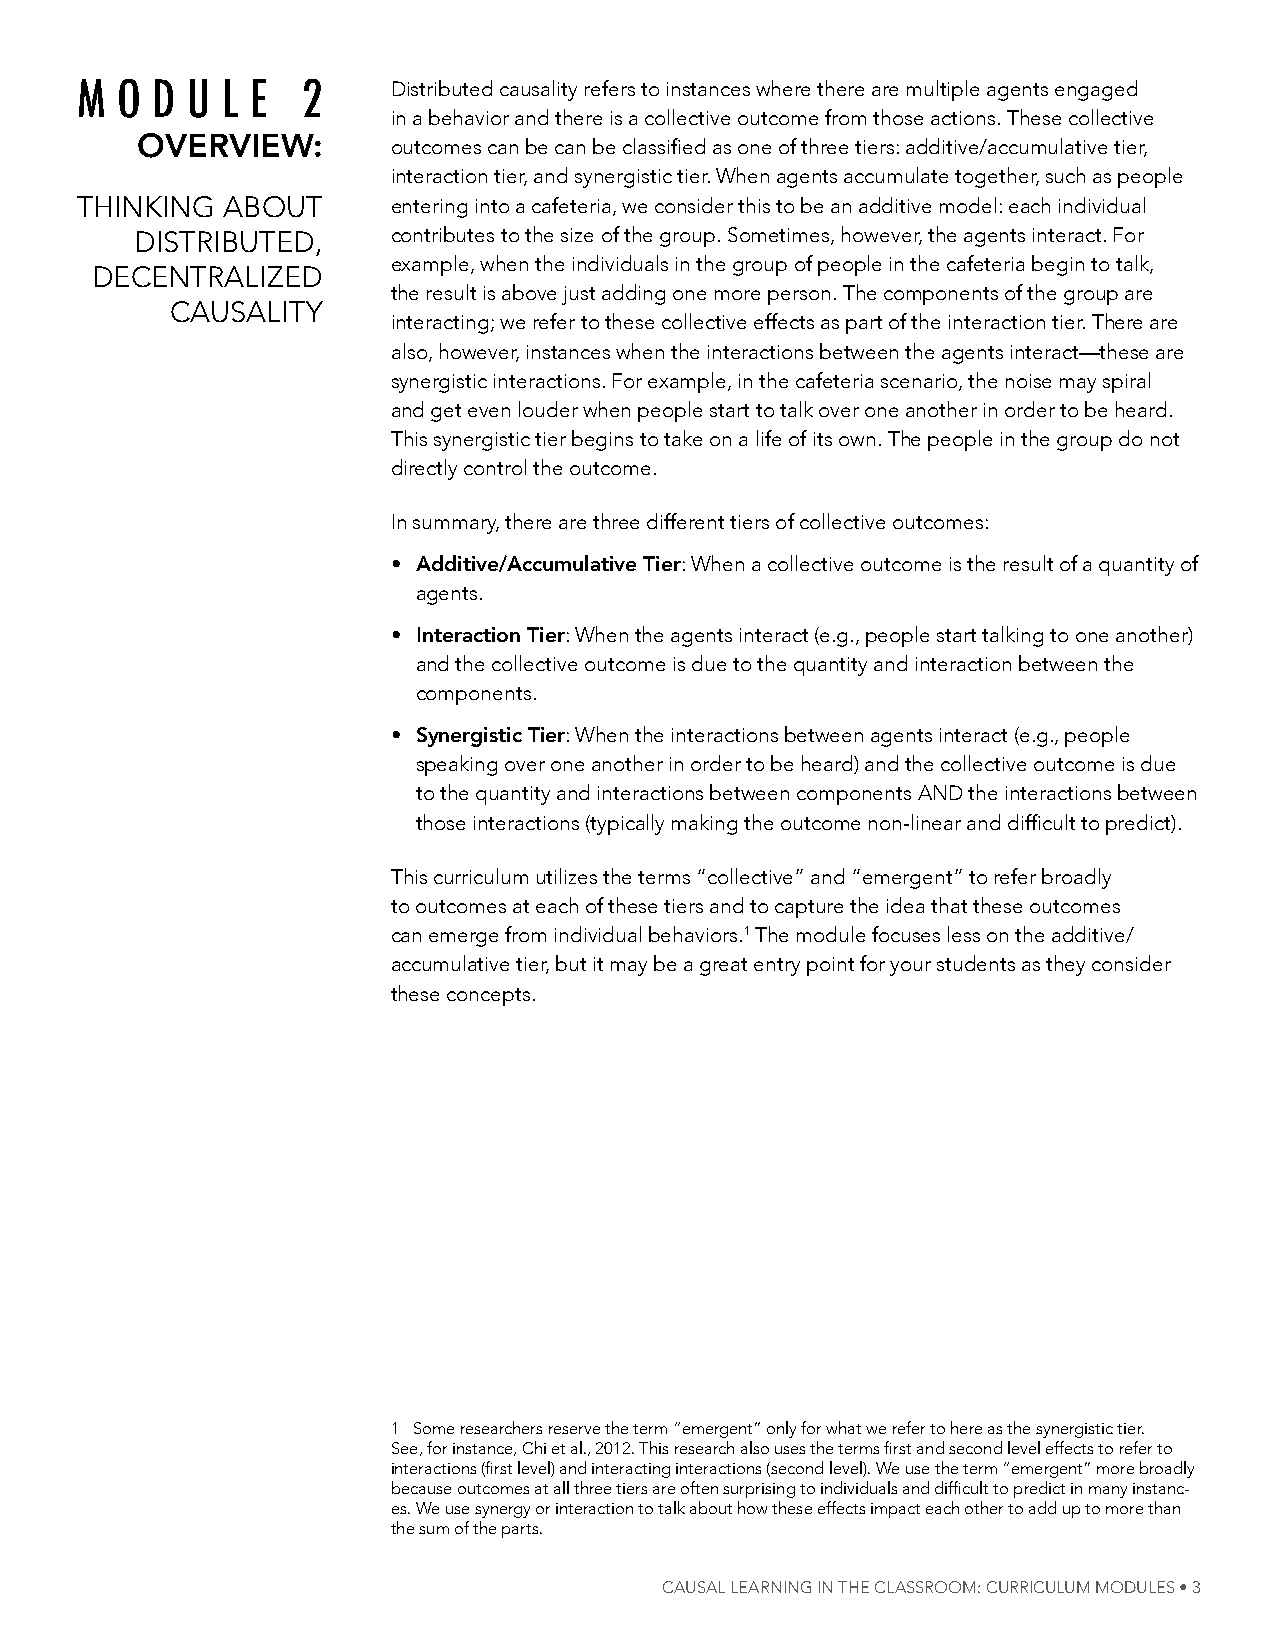
M  O D U  L E  2     distributed causality refers to instances where there are multiple agents engaged
 in a behavior and there is a collective outcome from those actions. these collective
 overview:        outcomes can be can be classified as one of three tiers: additive/accumulative tier,
 interaction tier, and synergistic tier. When agents accumulate together, such as people
 thinking  aBout      entering into a cafeteria, we consider this to be an additive model: each individual
 distriButed,     contributes to the size of the group. sometimes, however, the agents interact. For
 example, when the individuals in the group of people in the cafeteria begin to talk,
 deCentralized
 the result is above just adding one more person. the components of the group are
 Causality
 interacting; we refer to these collective effects as part of the interaction tier. there are
 also, however, instances when the interactions between the agents interact—these are
 synergistic interactions. For example, in the cafeteria scenario, the noise may spiral
 and get even louder when people start to talk over one another in order to be heard.
 this synergistic tier begins to take on a life of its own. the people in the group do not
 directly control the outcome.
 in summary, there are three different tiers of collective outcomes:
 • Additive/Accumulative tier: When a collective outcome is the result of a quantity of
 agents.
 • interaction tier: When the agents interact (e.g., people start talking to one another)
 and the collective outcome is due to the quantity and interaction between the
 components.
 • synergistic tier: When the interactions between agents interact (e.g., people
 speaking over one another in order to be heard) and the collective outcome is due
 to the quantity and interactions between components and the interactions between
 those interactions (typically making the outcome non-linear and difficult to predict).
 this curriculum utilizes the terms “collective” and “emergent” to refer broadly
 to outcomes at each of these tiers and to capture the idea that these outcomes
 can emerge from individual behaviors.1 the module focuses less on the additive/
 accumulative tier, but it may be a great entry point for your students as they consider
 these concepts.
 1 some researchers reserve the term “emergent” only for what we refer to here as the synergistic tier.
 See, for instance, Chi et al., 2012. This research also uses the terms first and second level effects to refer to
 interactions (first level) and interacting interactions (second level). We use the term “emergent” more broadly
 because outcomes at all three tiers are often surprising to individuals and difficult to predict in many instanc-
 es. We use synergy or interaction to talk about how these effects impact each other to add up to more than
 the sum of the parts.
 Causal learning in the Classroom: CurriCulum modules • 3